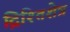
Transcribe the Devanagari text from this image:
द्रिश्तिशेत्र